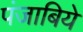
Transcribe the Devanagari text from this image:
पंजाबिये